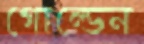
গোল্ডেন